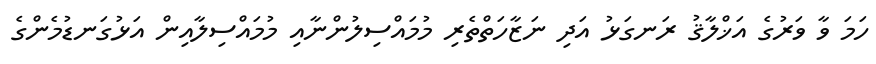
ހަމަ ވާ ވަރުގެ އަޚްލާޤު ރަނގަޅު އަދި ނަޒާހަތްތެރި މުމައްސިލުންނާއި މުމައްސިލާއިން އަޅުގަނޑުމެންގެ